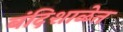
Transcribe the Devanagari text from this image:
बंदिशाळेत